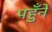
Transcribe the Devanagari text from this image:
पहुँने